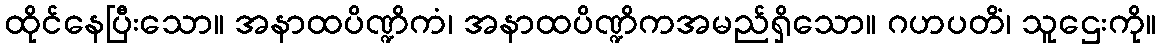
ထိုင်နေပြီးသော။ အနာထပိဏ္ဍိကံ၊ အနာထပိဏ္ဍိကအမည်ရှိသော။ ဂဟပတိံ၊ သူဌေးကို။